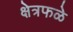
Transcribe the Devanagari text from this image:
क्षेत्रफळे